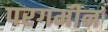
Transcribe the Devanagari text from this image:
परगमीन